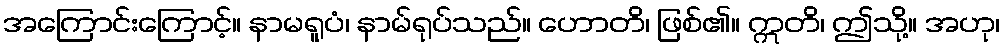
အကြောင်းကြောင့်။ နာမရူပံ၊ နာမ်ရုပ်သည်။ ဟောတိ၊ ဖြစ်၏။ ဣတိ၊ ဤသို့။ အဟု၊